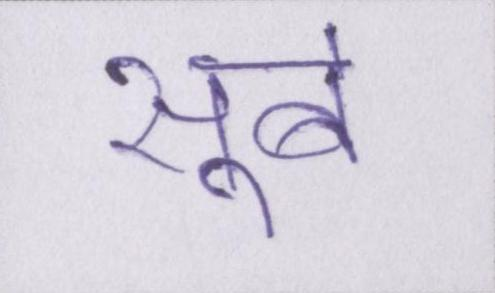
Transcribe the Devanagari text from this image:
सूबे